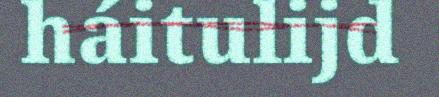
háitulijd